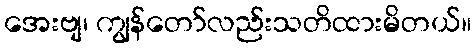
အေးဗျ၊ ကျွန်တော်လည်းသတိထားမိတယ်။